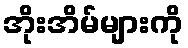
အိုးအိမ်များကို